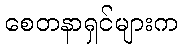
စေတနာရှင်များက